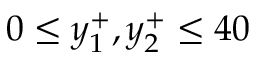
0 \leq y _ { 1 } ^ { + } , y _ { 2 } ^ { + } \leq 4 0